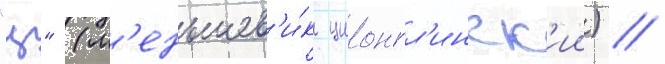
"ц" (м'еньшев'и́к ционгл'инск'ии) /